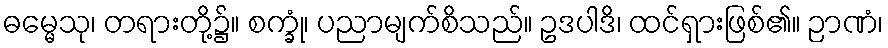
ဓမ္မေသု၊ တရားတို့၌။ စက္ခုံ၊ ပညာမျက်စိသည်။ ဥဒပါဒိ၊ ထင်ရှားဖြစ်၏။ ဉာဏံ၊